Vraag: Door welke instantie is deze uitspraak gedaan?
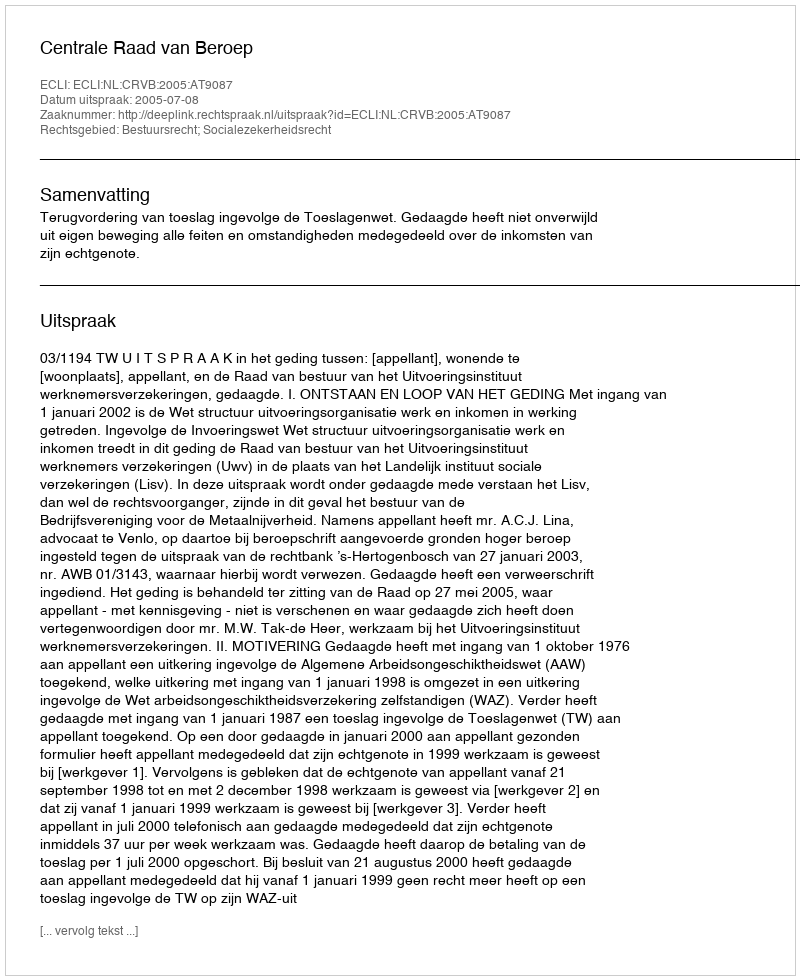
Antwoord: Centrale Raad van Beroep